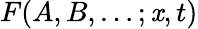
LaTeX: F(A,B,\ldots;\mathit{x},t)